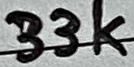
Text: 33K